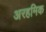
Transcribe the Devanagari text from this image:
अरहमिक